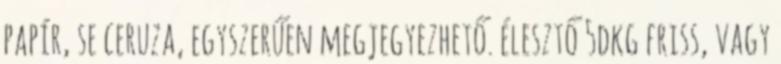
papír, se ceruza, egyszerűen megjegyezhető. élesztő 5dkg friss, vagy